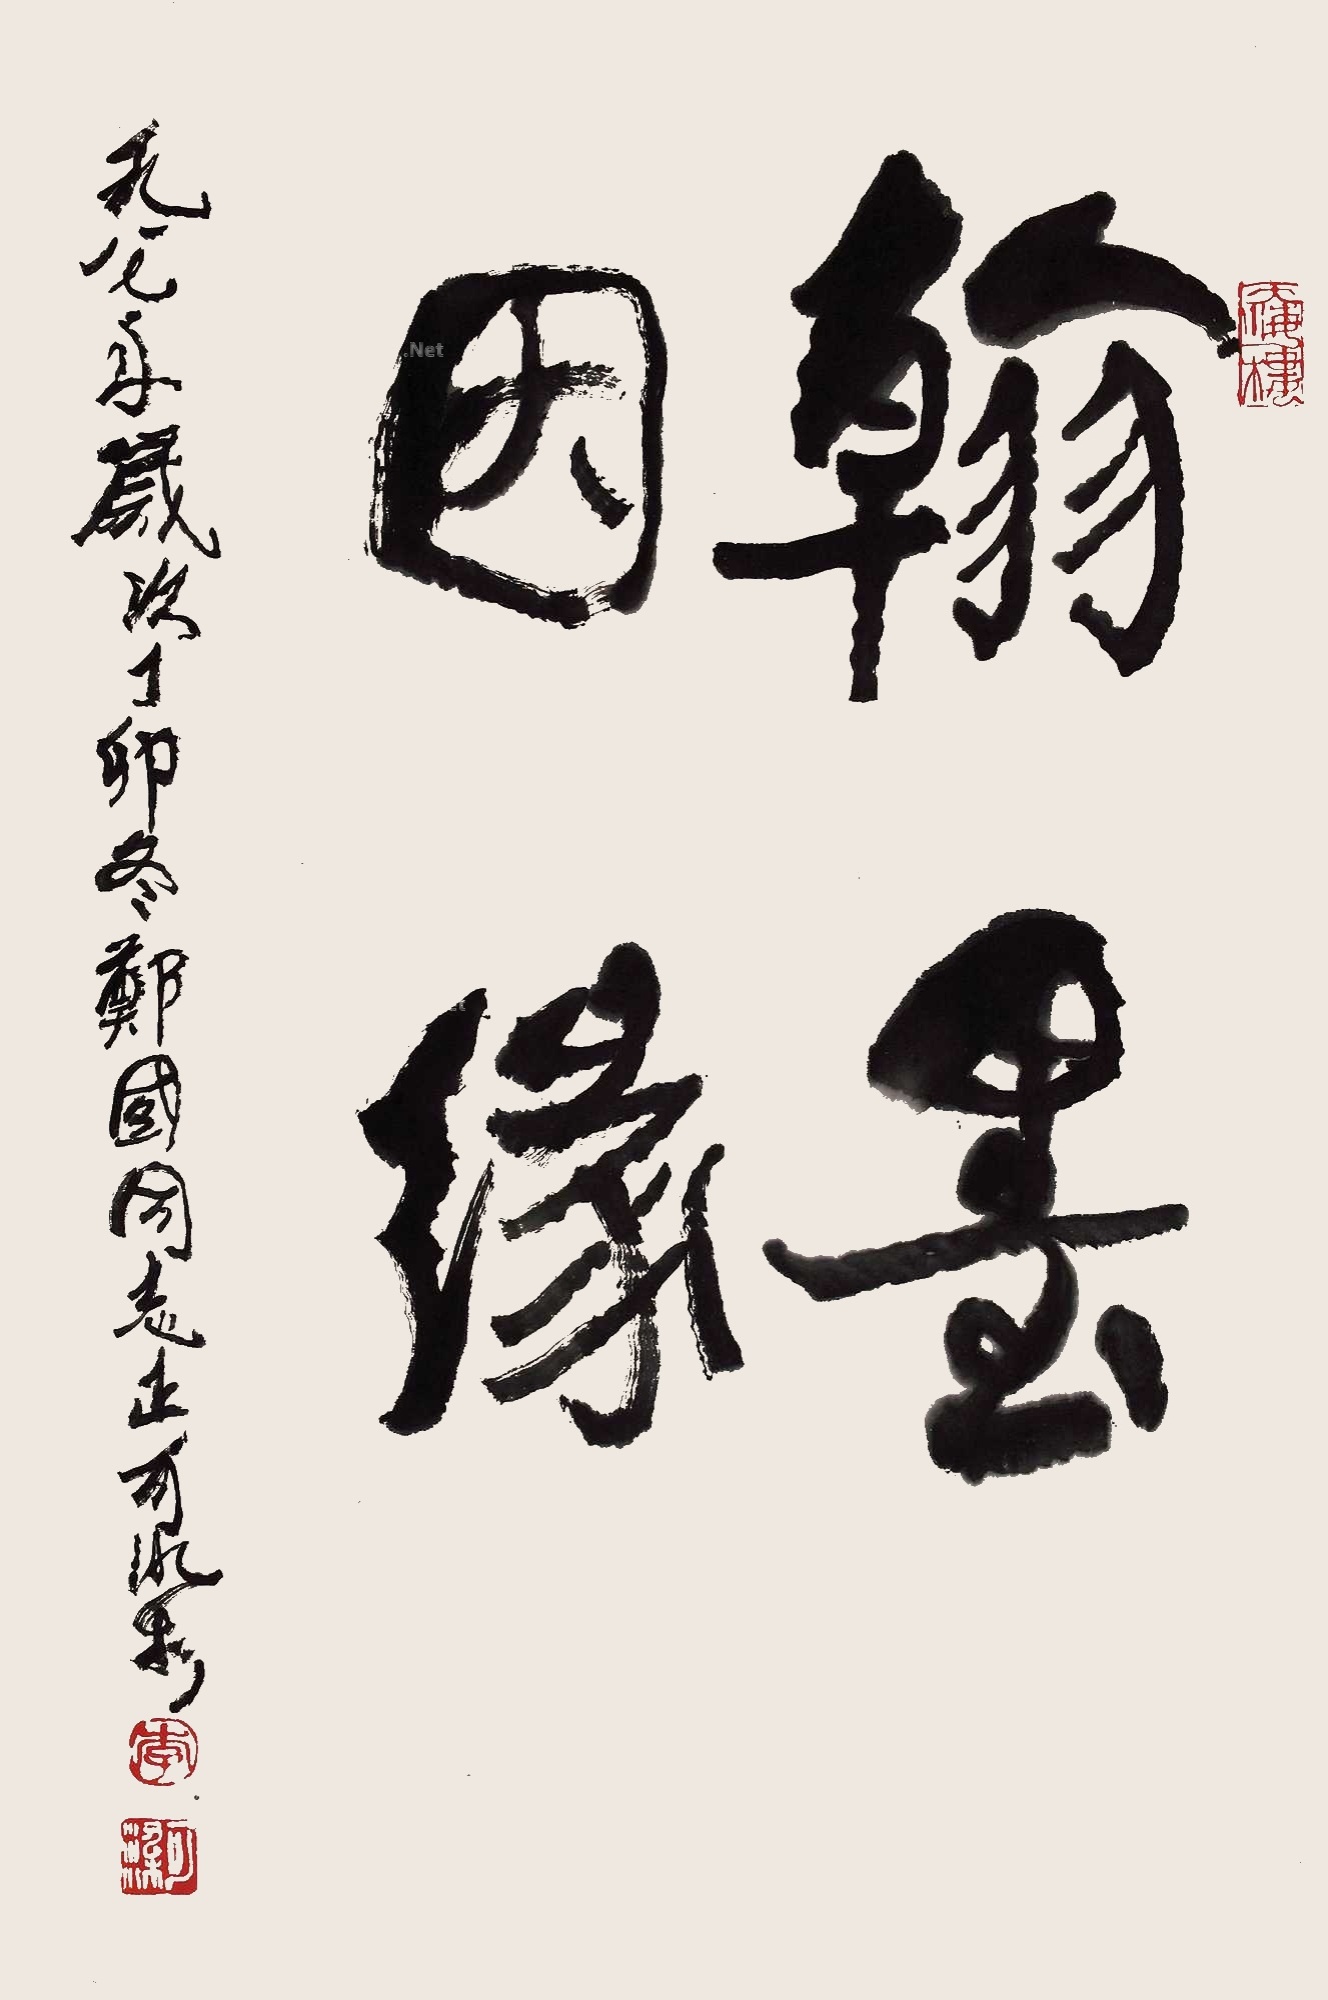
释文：翰墨因缘一九八七年岁次丁卯冬，郑国同志正，可染。